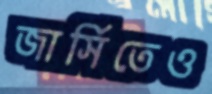
জার্সিতেও